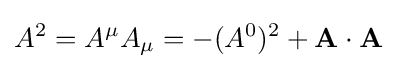
A^{2}=A^{\mu }A_{\mu }=-(A^{0})^{2}+\mathbf {A} \cdot \mathbf {A}